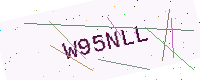
Text: W95NLL